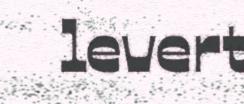
levert